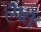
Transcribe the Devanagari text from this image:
हफ्तें